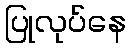
ပြုလုပ်နေ